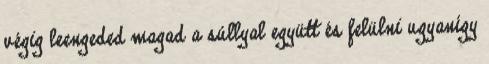
végig leengeded magad a súllyal együtt és felülni ugyanígy